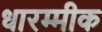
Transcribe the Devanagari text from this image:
धारम्मीक